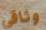
وثاقي